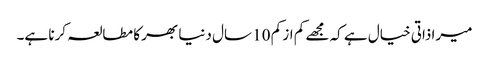
میرا ذاتی خیال ہے کہ مجھے کم از کم 10 سال دنیا بھر کا مطالعہ کرنا ہے۔